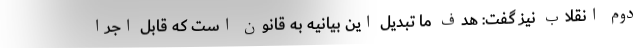
دوم انقلاب نیز گفت: هدف ما تبدیل این بیانیه به قانون است که قابل اجرا